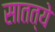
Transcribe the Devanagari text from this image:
सातत्ये